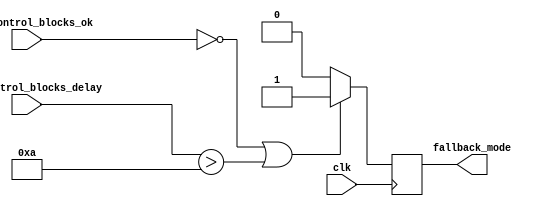
module fallback_bypass_register (
    input wire clk,
    input wire main_control_blocks_ok,
    input wire main_control_blocks_delay,
    output reg fallback_mode
);

parameter THRESHOLD = 10; // Define acceptable delay threshold

always @(posedge clk) begin
    if (!main_control_blocks_ok || main_control_blocks_delay > THRESHOLD) begin
        fallback_mode <= 1'b1; // Switch to fallback mode
    end else begin
        fallback_mode <= 1'b0; // Stay in normal mode
    end
end

endmodule